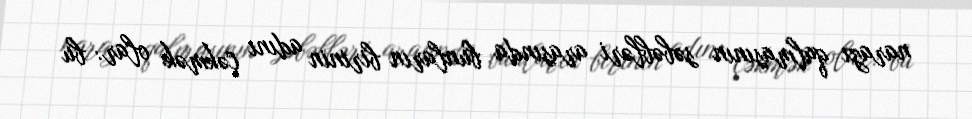
narazı qalmasının səbəbləri arasında bunların birinin adını çəkmək olar: bu